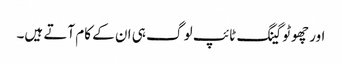
اور چھوٹو گینگ ٹائپ لو گ ہی ان کے کام آتے ہیں۔